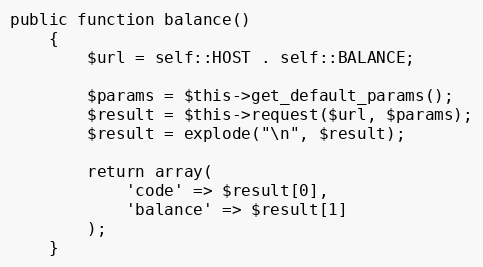
Language: PHP
public function balance()
    {
        $url = self::HOST . self::BALANCE;

        $params = $this->get_default_params();
        $result = $this->request($url, $params);
        $result = explode("\n", $result);

        return array(
            'code' => $result[0],
            'balance' => $result[1]
        );
    }